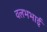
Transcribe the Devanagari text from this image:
वलभभाई